Madras plague regulations in force outside the Presidency town - Volume 5
Disease focus: Plague
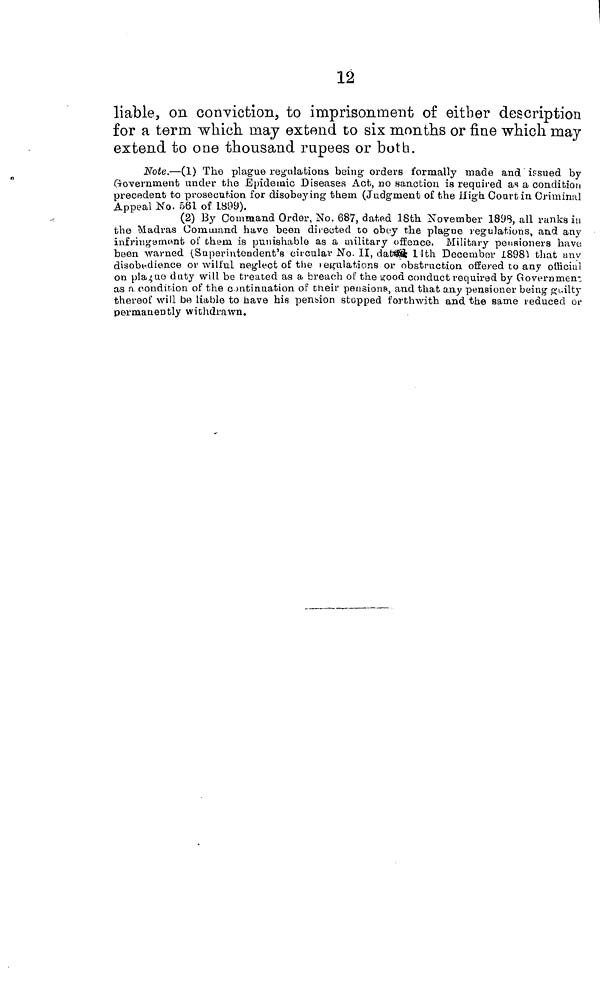
12
liable, on conviction, to imprisonment of either description
for a term which may extend to six months or fine which may
extend to one thousand rupees or both.
Note.—(1) The plague regulations being orders formally made and issued by
Government under the Epidemic Diseases Act, no sanction is required as a condition
precedent to prosecution for disobeying them (Judgment of the High Court in Criminal
Appeal No. 561 of 1899).
(2) By Command Order, No. 687, dated 18th November 1898, all ranks in
the Madras Command have been directed to obey the plague regulations, and any
infringament of them is punishable as a military offence. Military pensioners have
been warned (Superintendent's circular No. II, dated llth December 1898) that any
disobedience or wilful neglect of the regualtions or obstruction offered to any officiai
on plague duty will be treated as a breach of the good conduct required by Government
as a condition of the c ontinuation of their pensions, and that any pensioner being guilty
thereof will be liable to have his pension stopped forthwith and the same reduced or
permanently withdrawn.